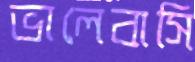
ভালেবাসি